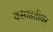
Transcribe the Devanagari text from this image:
वसाहतीवर